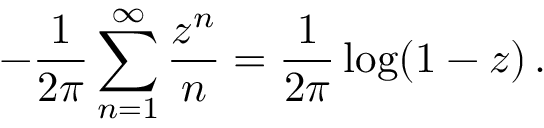
- \frac { 1 } { 2 \pi } \sum _ { n = 1 } ^ { \infty } \frac { z ^ { n } } { n } = \frac { 1 } { 2 \pi } \log ( 1 - z ) \, .